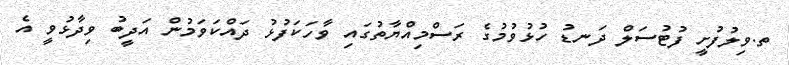
ތ.ވިލުފުށީ ފުޓުސަލް ދަނޑު ހުޅުވުމުގެ ރަސްމިއްޔާތުގައި ވާހަކަފުޅު ދައްކަވަމުން އަދީބު ވިދާޅުވީ އެ